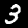
Digit: 3